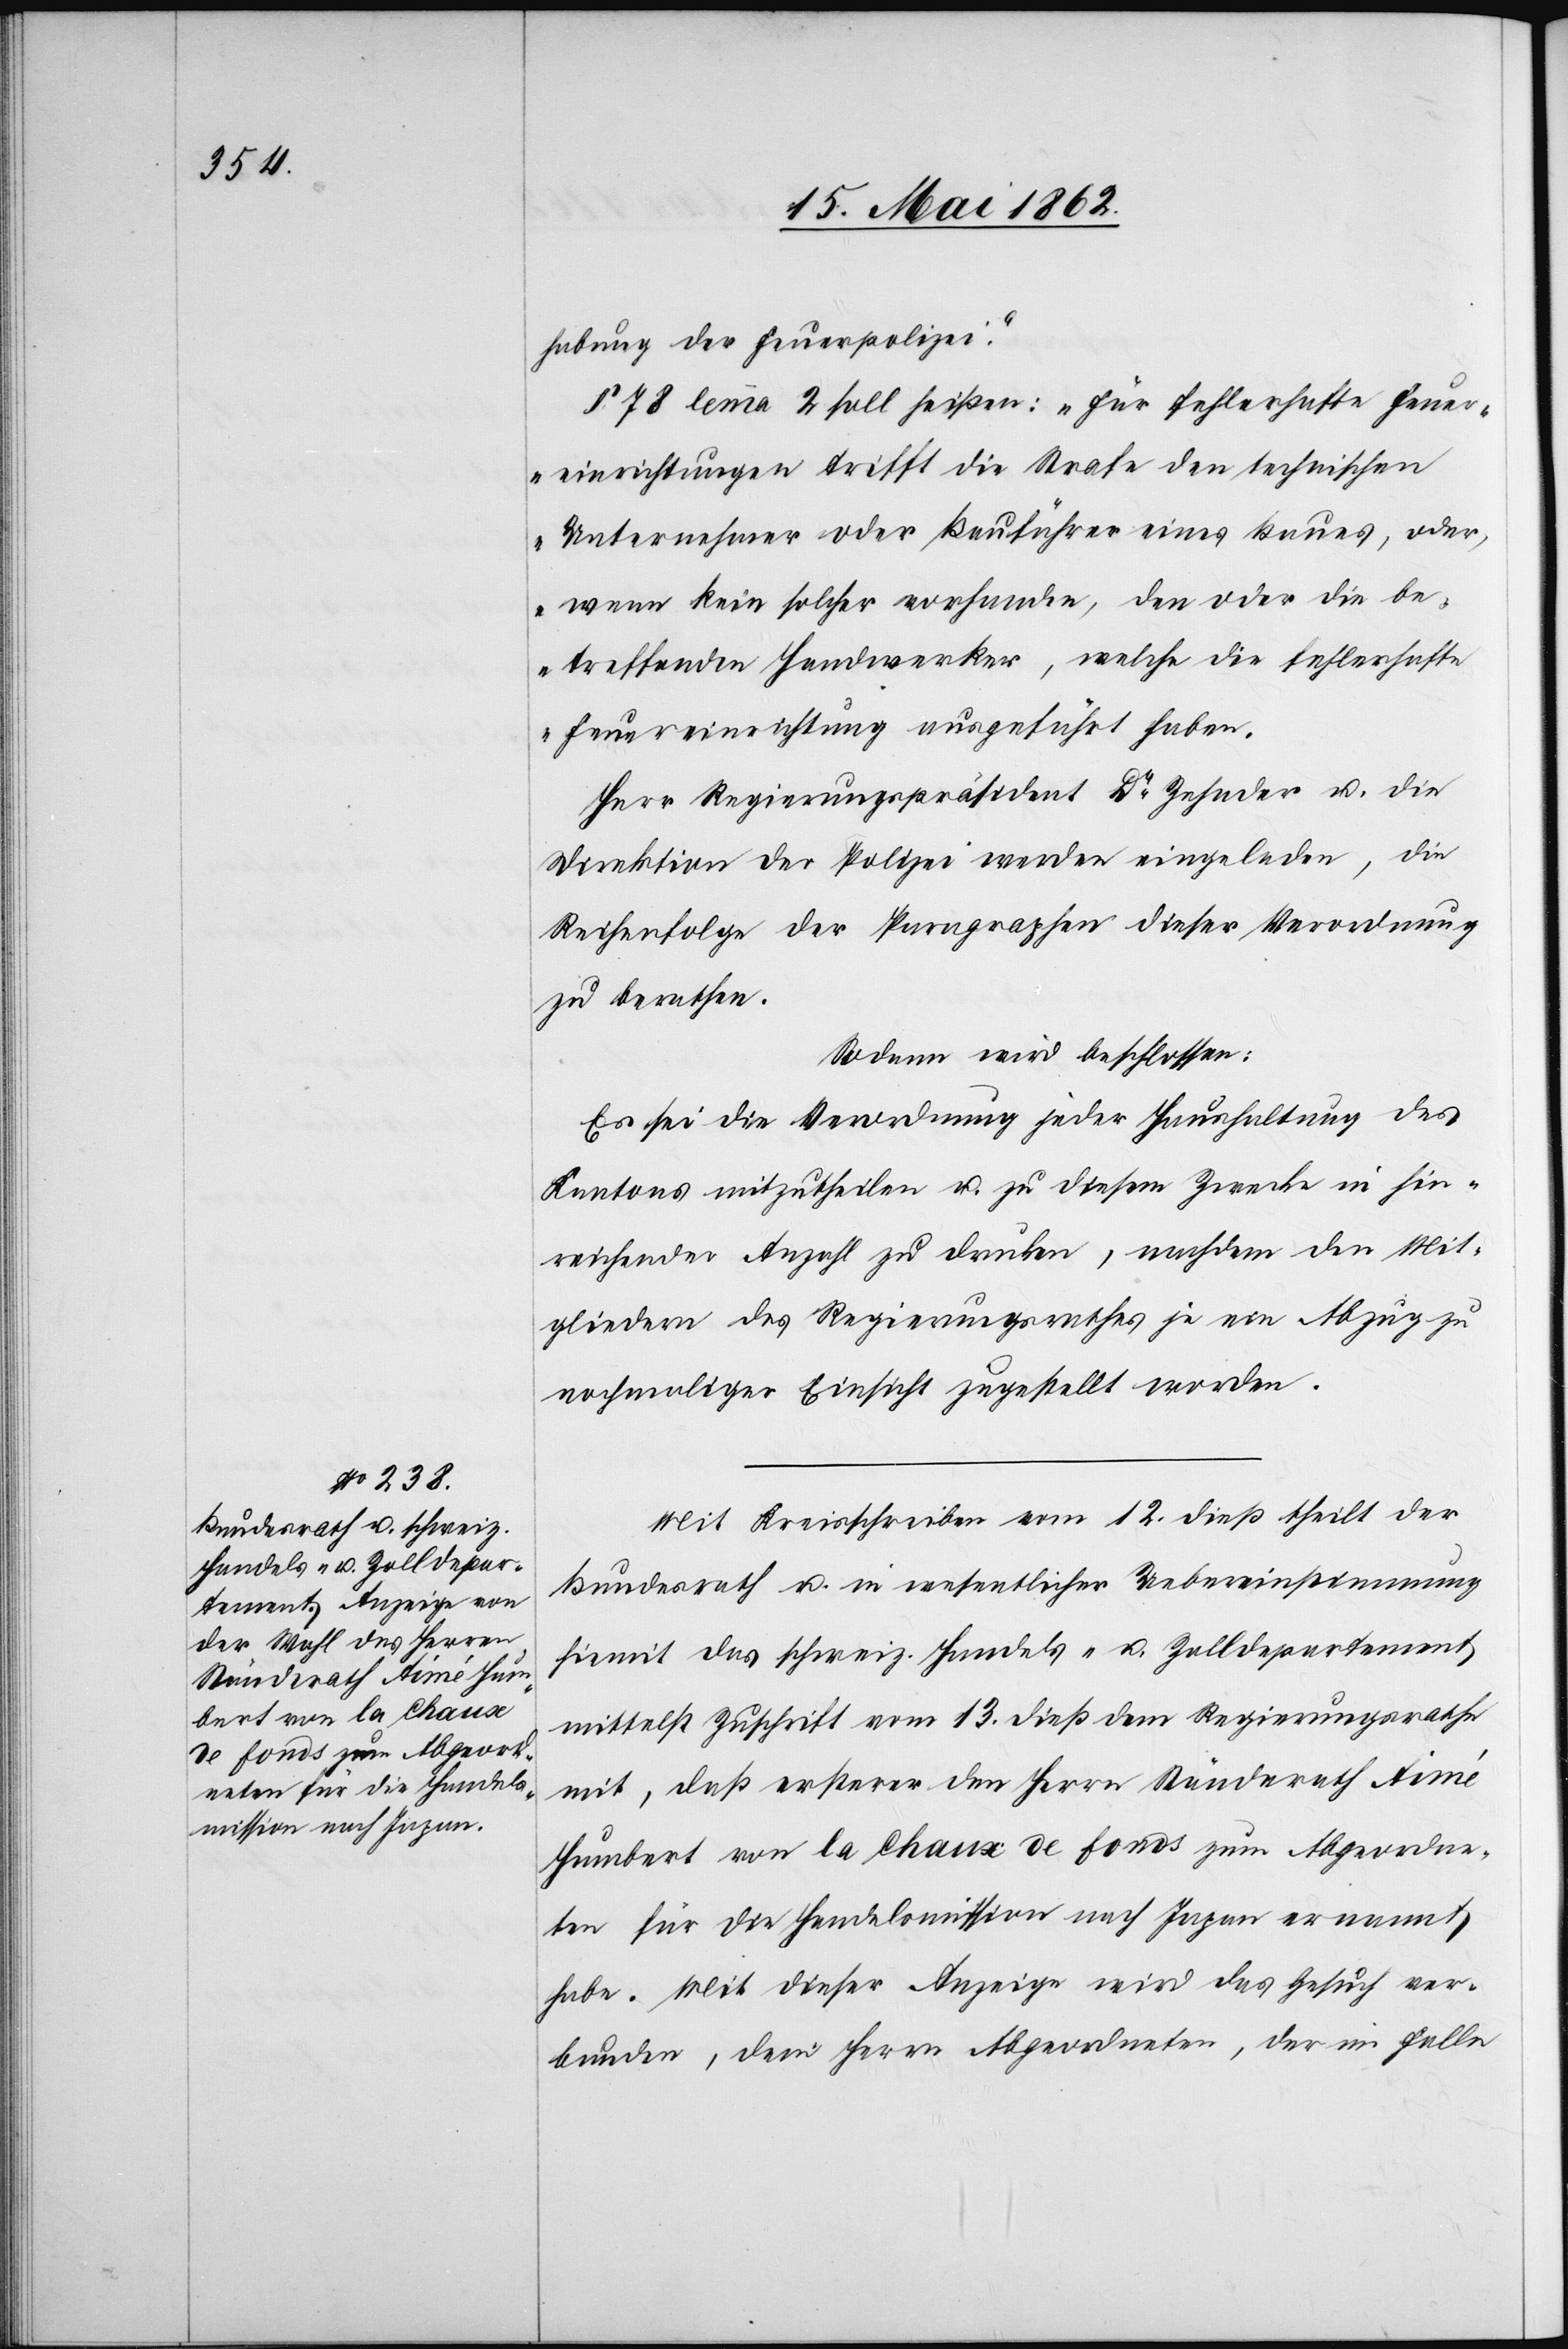
habung der Feuerpolizei.“
§ 78 lemma 2 soll heißen: „für fehlerhafte Feuer¬
einrichtungen trifft die Strafe den technischen
Unternehmer oder Bauführer eines Baues, oder,
wenn kein solcher vorhanden, den oder die be¬
treffenden Handwerker, welche die fehlerhafte
Feuereinrichtung ausgeführt haben.[“]
Herr Regierungspräsident Dr. Zehnder u. die
Direktion der Polizei werden eingeladen, die
Reihenfolge der Paragraphen dieser Verordnung
zu berathen.
Sodann wird beschlossen:
Es sei die Verordnung jeder Haushaltung des
Kantons mitzutheilen u. zu diesem Zwecke in hin¬
reichender Anzahl zu drucken, nachdem den Mit¬
gliedern des Regierungsrathes je ein Abzug zu
nochmaliger Einsicht zugestellt worden.
Mit Kreisschreiben vom 12. dieß theilt der
Bundesrath u. in wesentlicher Uebereinstimmung
hiemit das schweiz. Handels- u. Zolldepartement
mittelst Zuschrift vom 13. dieß dem Regierungsrathe
mit, daß erstere dem Herrn Ständerath Aimé
Humbert von la Chaux de fonds zum Abgeordne¬
ten für die Handelsmission nach Japan ernannt
habe. Mit dieser Anzeige wird das Gesuch ver¬
bunden, dem Herrn Abgeordneten, der im Falle